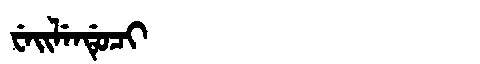
Manchu: ᠸᡝᡳᠯᡝᠨᡩᡠᠴᡳ
Romanization: WEILENDUCI